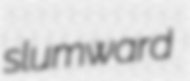
slumward